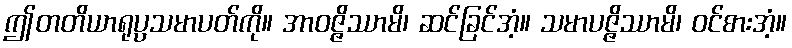
ဤတတိယာရုပ္ပသမာပတ်ကို။ အာဝဇ္ဇိဿာမိ၊ ဆင်ခြင်အံ့။ သမာပဇ္ဇိဿာမိ၊ ဝင်စားအံ့။